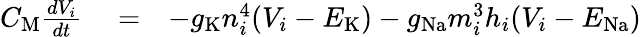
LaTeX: \begin{array}{rlr}{C_{\mathrm M}\frac{dV_{i}}{dt}}&{{}=}&{-g_{\mathrm K}n_{i}^{4}(V_{i}-E_{\mathrm K})-g_{\mathrm{Na}}m_{i}^{3}h_{i}(V_{i}-E_{\mathrm{Na}})}\end{array}